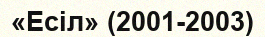
«Есіл» (2001-2003)